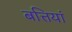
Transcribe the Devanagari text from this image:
बत्तियां